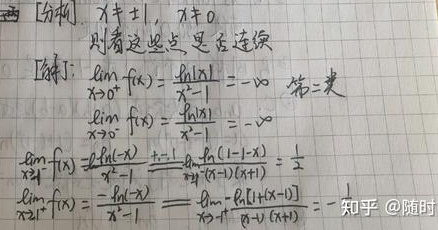
[分析] \(x\neq\pm1\)，\(x\neq0\)，则看这些点是否连续。
[解]：
\(\lim\limits_{x \to 0^{+}}f(x)=\frac{\ln|x|}{x - 1}=-\infty\) ，第二类。
\(\lim\limits_{x \to 0^{-}}f(x)=\frac{\ln|x|}{x - 1}=-\infty\)
\(\lim\limits_{x \to 1^{-}}f(x)=\frac{\ln(1 - x)}{x^{2}-1}\xlongequal{+1}\lim\limits_{x \to 1^{-}}\frac{\ln(1 - x)}{(x - 1)(x + 1)}=\frac{1}{2}\)
\(\lim\limits_{x \to 1^{+}}f(x)=\frac{-\ln(x - 1)}{x^{2}-1}=\lim\limits_{x \to 1^{+}}\frac{-\ln(x - 1)}{(x - 1)(x + 1)}=-\) 知乎@随时